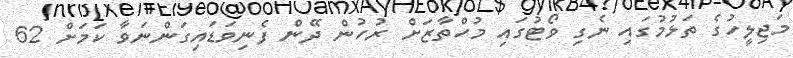
މަޖިލީހުގެ ތަޅުމުގައި ނެގި ވޯޓުގައި މުހްތާޒަށް ރުހުން ދޭން ފެނިވަޑައިގަންނަވާ ކަމަށް 62